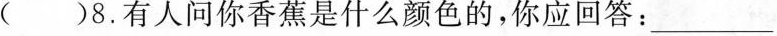
()8.有人问你香蕉是什么颜色的,你应回答: ___